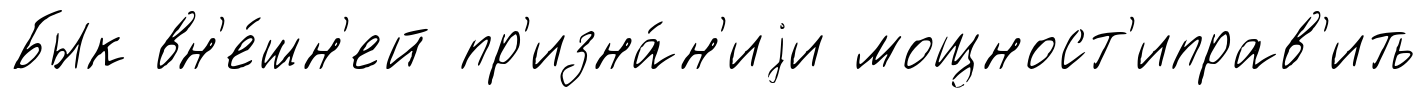
Бык вн'е́шн'ей пр'изна́н'иjи мощност'иправ'ить